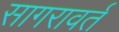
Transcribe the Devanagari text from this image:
सागरावर्त